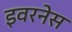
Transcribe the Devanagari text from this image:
इवरनेस